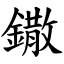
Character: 鏾